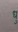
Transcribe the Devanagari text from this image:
धु